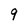
Character: 9